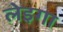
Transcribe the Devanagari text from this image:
लेइगा